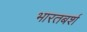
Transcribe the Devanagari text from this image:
भारतबर्श